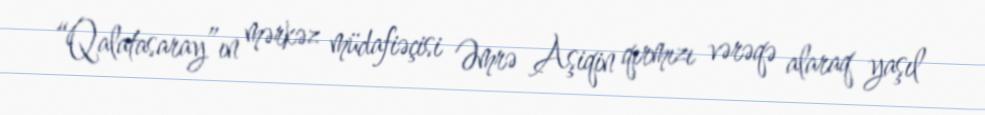
“Qalatasaray”ın mərkəz müdafiəçisi Əmrə Aşiqin qırmızı vərəqə alaraq yaşıl